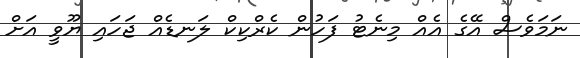
ނަމަވެސް އޭގެ އެއް މިނެޓު ފަހުން ކެރްކިކް ލަނޑެއް ޖަހައި ޔޫވީ އަށް